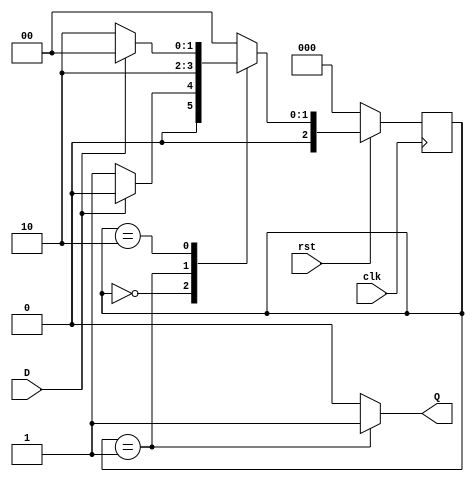
module ButtonShaper (D, Q, rst, clk);
	input D, rst, clk;
	output Q;
	reg Q;
	parameter INIT = 0, PULSE = 1, WAIT = 2;
	
	reg[2:0] State, StateNext;

	//CombLogic
	always @(State, D) begin
		case (State)
			INIT: begin
				Q = 1'b0;
				if (D == 1'b0)
					StateNext = PULSE;
				else
					StateNext = INIT;
			end
			PULSE: begin
				Q = 1'b1;
				StateNext = WAIT;
			end
			WAIT: begin
				Q = 1'b0;
				if (D == 1'b1)
					StateNext = INIT;
				else
					StateNext = WAIT;
			end
			default: begin
				Q = 1'b0;
				StateNext = INIT;
			end
		endcase
	end

	// Sequential Logic
	always@(posedge clk) begin 
		if (rst == 1'b0) 
			State <= INIT;
		else 
			State <= StateNext;
	end
	

endmodule